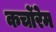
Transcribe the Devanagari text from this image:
कर्चोरेम